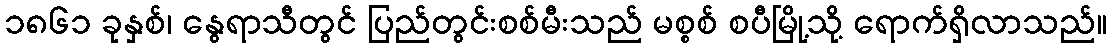
၁၈၆၁ ခုနှစ်၊ နွေရာသီတွင် ပြည်တွင်းစစ်မီးသည် မစ္စစ် စပီမြို့သို့ ရောက်ရှိလာသည်။